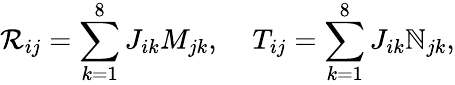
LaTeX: \mathcal{R}_{ij}=\sum_{k=1}^{8}J_{ik}M_{jk},\; \; \; \; T_{ij}=\sum_{k=1}^{8}J_{ik}\mathbb{N}_{jk},